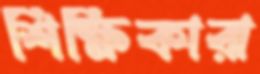
শিক্ষিকারা